Annual administration and progress report of the Indian Medical Department, Bombay
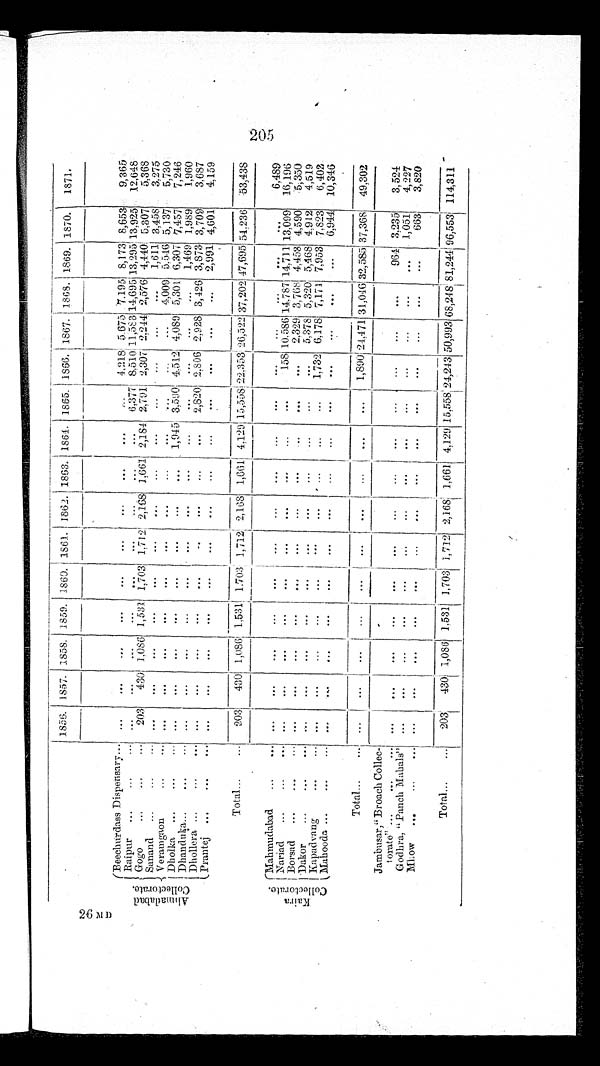
1856. 1857. 1858. 1859. 1860. 1861.
1 8 6 2 . 1863. 1864. 1865. 1866. 1867. 1868. 1869. 1870. 1871.
A h m a d a b a d
C o l l e c t o r a t e .
Beechurdass Dispensary ... ... ... ... ...
. . . ... ... ... ...
. . . 4,218 5,675 7,195 8,173 8,653 9,365
Raipur ... ... ... ... ...
. . . ...
...
. . .
...
. . .
. . . 6,377 8,510 11,583 14,695 13,295 13,925 12,648
Gogo ... . . .
. . . 203 430 1,086 1,531 1,703 1,712 2,168 1,661 2,184 2,791 2,307 2,244 2,576 4,440 5,307 5,368
Sanand ... ...
. . .
. . .
. . . . . . ...
. . . . . .
. . . ...
. . . ... ...
. . .
. . . 1,611 3,458 3,275
Veramgaon
. . . . . . ... ...
. . . ...
...
. . . ...
. . . . . . ... ...
. . . 4,009 5,546 5,137 5,730
Dholka ...
. . . . . . ... ... ...
. . . ... ... ... ... 1,945 3,590 4,512 4,089 5,301 6,307 7,457 7,246
Dhanduka ... ...
. . . ... ...
. . . ... ... . . .
... ... ... ... ... ... ... 1,469 1,989 1,960
Dhollera ... ...
...
. . . ... ... ... ... . . .
... ... ... 2,820 2,806 2,928 3,426 3,873 3,709 3,687
Prantej ... ... ... ... ... ...
. . . ... ... ... ... ... ... ... ... ... 2,991 4,601 4,159
Total... ...
2 0 3 430 1,086 1,531 1,703 1,712 2,168 1,661 4,129 15,558 22,353 26,522 37,202 47,695 54,236 53,438
K a i r a
C o l l e c t o r a t e .
Mahmudabad ... .... ... ... ... ... ... ... ... ...
. . . ... ... ... ... ... ...
6,489
Nariad ... ... ... ... ... ...
. . . ... ...
... . . .
. . .
. . . 158 10,586 14,787 14,711 13,099 16,196
Borsad ... ... ... ... ...
. . . ...
. . . ... ... ...
. . .
. . . ... 2,329 3,768 4,453 4,590 5,350
Dakor ... ... ...
. . . ... ... ... ... ... ... ... ... ... ... 5,378 5,320 5,468 4,912 4,519
Kapadvang
. . . . . . ... ...
...
. . . . . .
. . . ... ... ... ... 1,732 6,178 7,171 7,953 7,823 6,402
Mahooda ... ... ... ...
. . . ... ... ... ... ... ... ... ... ... ... ... ... 6,944 10,346
Total
. . . . . . ... ...
. . .
. . . . . . ... ... ... ... ... 1,890 24,471 31,046 32,585 37,368 49,302
Jambusar, "Broach Collec-
torate"
. . .
. . . . . . ... ...
. . . ...
...
. . . ... ... ... ... ... ... ...
964 3,235 3,524
Godhra, "Panch Mahals" ...
...
. . . ...
...
. . . ...
. . . . . . ... ...
. . . . . .
. . .
1 , 0 5 1
4 , 2 2 7
Mhow
. . .
. . . . . . ... ...
. . . ...
...
. . . ...
. . . . . . ... ...
. . . . . .
. . . 663 3,820
Total
. . .
... 203 430 1,086 1,531 1,703 1,712 2,168 1,661 4,129 15,558 24,243 50,993 68,248
8 1 , 2 4 4
9 6 , 5 5 3 114,311